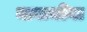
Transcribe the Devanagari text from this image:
नावाचीया